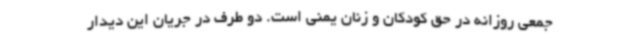
جمعی روزانه در حق کودکان و زنان یمنی است. دو طرف در جریان این دیدار